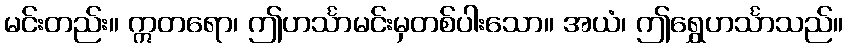
မင်းတည်း။ ဣတရော၊ ဤဟင်္သာမင်းမှတစ်ပါးသော။ အယံ၊ ဤရွှေဟင်္သာသည်။